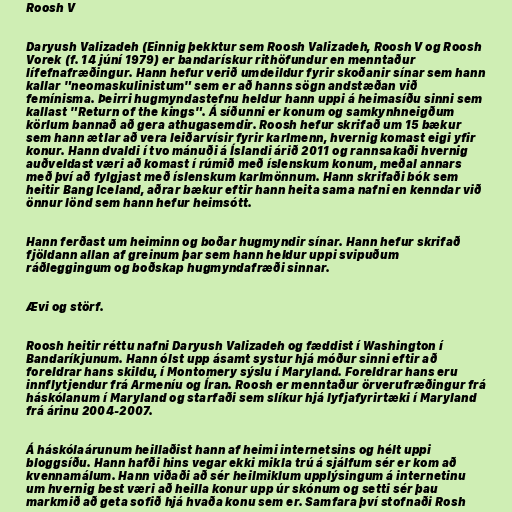
Roosh V

Daryush Valizadeh (Einnig þekktur sem Roosh Valizadeh, Roosh V og Roosh
Vorek (f. 14 júní 1979) er bandarískur rithöfundur en menntaður
lífefnafræðingur. Hann hefur verið umdeildur fyrir skoðanir sínar sem hann
kallar "neomaskulinistum" sem er að hanns sögn andstæðan við
femínisma. Þeirri hugmyndastefnu heldur hann uppi á heimasíðu sinni sem
kallast "Return of the kings". Á síðunni er konum og samkynhneigðum
körlum bannað að gera athugasemdir. Roosh hefur skrifað um 15 bækur
sem hann ætlar að vera leiðarvísir fyrir karlmenn, hvernig komast eigi yfir
konur. Hann dvaldi í tvo mánuði á Íslandi árið 2011 og rannsakaði hvernig
auðveldast væri að komast í rúmið með íslenskum konum, meðal annars
með því að fylgjast með íslenskum karlmönnum. Hann skrifaði bók sem
heitir Bang Iceland, aðrar bækur eftir hann heita sama nafni en kenndar við
önnur lönd sem hann hefur heimsótt.

Hann ferðast um heiminn og boðar hugmyndir sínar. Hann hefur skrifað
fjöldann allan af greinum þar sem hann heldur uppi svipuðum
ráðleggingum og boðskap hugmyndafræði sinnar.

Ævi og störf.

Roosh heitir réttu nafni Daryush Valizadeh og fæddist í Washington í
Bandaríkjunum. Hann ólst upp ásamt systur hjá móður sinni eftir að
foreldrar hans skildu, í Montomery sýslu í Maryland. Foreldrar hans eru
innflytjendur frá Armeníu og Íran. Roosh er menntaður örverufræðingur frá
háskólanum í Maryland og starfaði sem slíkur hjá lyfjafyrirtæki í Maryland
frá árinu 2004-2007.

Á háskólaárunum heillaðist hann af heimi internetsins og hélt uppi
bloggsíðu. Hann hafði hins vegar ekki mikla trú á sjálfum sér er kom að
kvennamálum. Hann viðaði að sér heilmiklum upplýsingum á internetinu
um hvernig best væri að heilla konur upp úr skónum og setti sér þau
markmið að geta sofið hjá hvaða konu sem er. Samfara því stofnaði Rosh